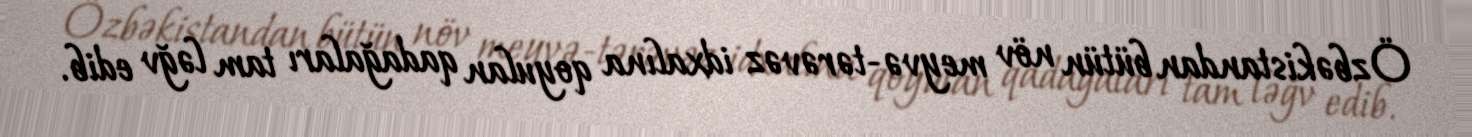
Özbəkistandan bütün növ meyvə-tərəvəz idxalına qoyulan qadağaları tam ləğv edib.